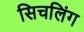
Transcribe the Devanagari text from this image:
सिचलिंग